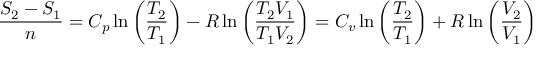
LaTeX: { \frac { S _ { 2 } - S _ { 1 } } { n } } = C _ { p } \ln \left( { \frac { T _ { 2 } } { T _ { 1 } } } \right) - R \ln \left( { \frac { T _ { 2 } V _ { 1 } } { T _ { 1 } V _ { 2 } } } \right) = C _ { v } \ln \left( { \frac { T _ { 2 } } { T _ { 1 } } } \right) + R \ln \left( { \frac { V _ { 2 } } { V _ { 1 } } } \right)